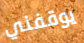
يوقفني